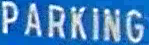
PARKING